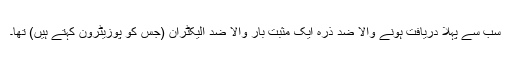
سب سے پہلا دریافت ہونے والا ضد ذرّہ ایک مثبت بار والا ضد الیکٹران (جس کو پوزیٹرون کہتے ہیں) تھا۔